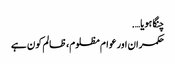
چنگا ہویا….
حکمران اور عوام مظلوم، ظالم کون ہے